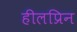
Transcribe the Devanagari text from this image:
हीलप्रिन